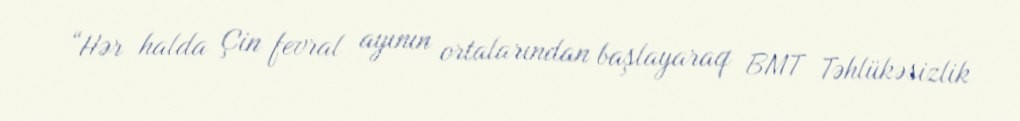
“Hər halda Çin fevral ayının ortalarından başlayaraq BMT Təhlükəsizlik